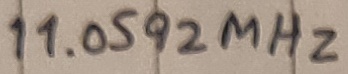
Text: 11.0592MHz